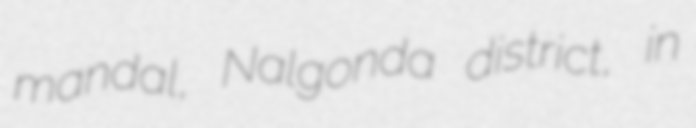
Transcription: mandal, Nalgonda district, in